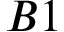
B 1